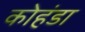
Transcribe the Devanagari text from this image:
कोहंडा